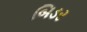
બિડર